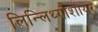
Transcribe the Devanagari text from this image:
लिन्लिथ्गोशायर